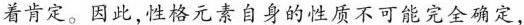
着肯定。因此,性格元素自身的性质不可能完全确定，